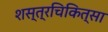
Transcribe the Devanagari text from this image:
शस्त्रचिकित्सा